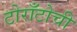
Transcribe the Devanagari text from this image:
टोराँटोची